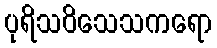
ပုရိသဝိသေသကရော